Enquiry on enteric fever in India - Number 32
Disease focus: Fever
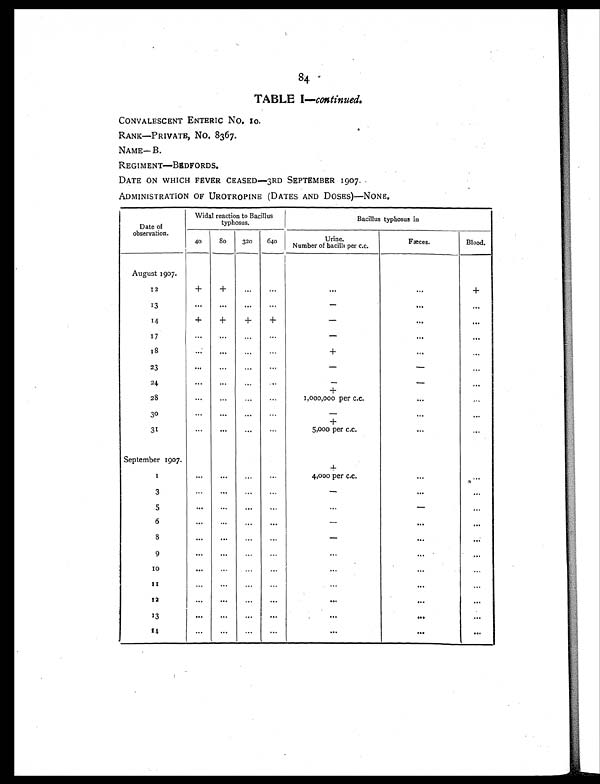
84
TABLE I —continued.
CONVALESCENT ENTERIC NO, 10.
RANK—PRIVATE, NO. 8367.
NAME— B.
REGIMENT—BEDFORDS.
DATE ON WHICH FEVER CEASED—3RD SEPTEMBER 1907.
ADMINISTRATION OF UROTROPINE (DATES AND DOSES)—NONE.
Date of
observation.
Widal reaction to Bacillus
typhosus.
Bacillus typhosus in
40
80
320
640
Urine.
Number of bacilli per c.c.
Fæces.
Blood.
August 1907.
12
+
+
. . .
. . .
...
...
+
13
. . .
. . .
. . .
. . .
-
. . .
...
1 4
+
+
+
+
-
. . .
. . .
17
. . .
. . .
. . .
. . .
-
. . .
. . .
1 8
. . .
. . .
. . .
. . .
+
. . .
. . .
23
. . .
. . .
. . .
. . .
-
-
. . .
24
. . .
. . .
. . .
. . .
-
-
. . .
+
...
28
. . .
. . .
. . .
. . .
1,000,000 per c.c.
. . .
. . .
3 0
. . .
. . .
. . .
. . .
-
. . .
. . .
+
. . .
...
31
. . .
. . .
. . .
. . .
5,000 per c.c.
. . .
...
September 1907.
...
+
...
1
. . .
. . .
. . .
. . .
4,000 per c.c.
. . .
. . .
3
. . .
. . .
. . .
. . .
-
. . .
...
5
. . .
. . .
. . .
. . .
. . .
-
. . .
6
. . .
. . .
. . .
. . .
-
. . .
...
8
. . .
. . .
. . .
. . .
-
. . .
. . .
9
. . .
. . .
. . .
. . .
...
. . .
...
1 0
. . .
. . .
. . .
. . .
...
. . .
. . .
1 1
. . .
. . .
. . .
. . .
...
. . .
. . .
12
. . .
. . .
. . .
. . .
. . .
. . .
...
13
. . .
. . .
. . .
. . .
. . .
. . .
...
1 4
. . .
. . .
. . .
. . .
. . .
. . .
. . .